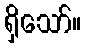
ရှိသော်။